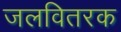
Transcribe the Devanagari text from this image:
जलवितरक